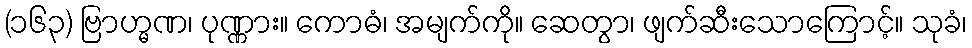
(၁၆၃) ဗြာဟ္မဏ၊ ပုဏ္ဏား။ ကောဓံ၊ အမျက်ကို။ ဆေတွာ၊ ဖျက်ဆီးသောကြောင့်။ သုခံ၊